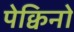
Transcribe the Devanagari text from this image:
पेक्विनो